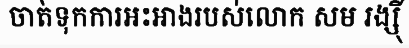
ចាត់ទុកការអះអាងរបស់លោក សម រង្ស៊ី